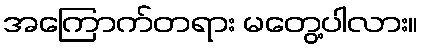
အကြောက်တရား မတွေ့ပါလား။